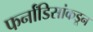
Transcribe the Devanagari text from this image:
फर्नांडिसांकडून